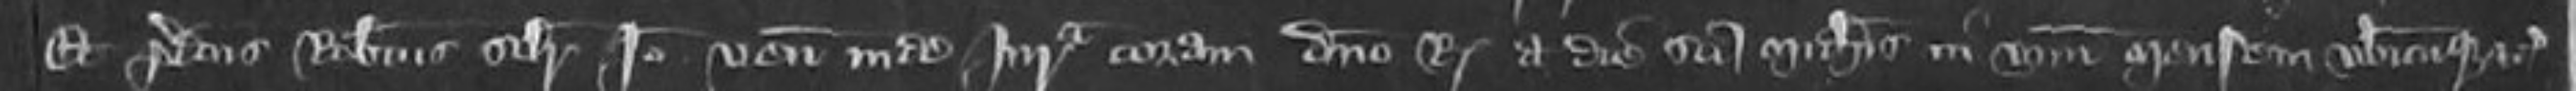
Et predictus Robertus similiter Ideo veniant inde Jurata coram domino Rege a die Sancti Michaelis in unum mensem ubicumque etc